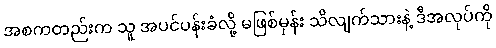
အစကတည်းက သူ အပင်ပန်းခံလို့ မဖြစ်မှန်း သိလျက်သားနဲ့ ဒီအလုပ်ကို